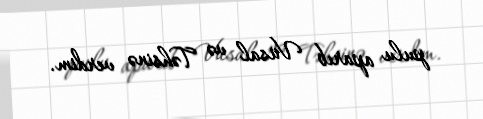
pulu aparıb Vüsal və Təhsinə verdim.